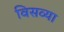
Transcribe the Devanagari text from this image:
विसव्या